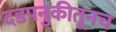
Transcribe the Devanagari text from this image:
दडपनुकीतूनच